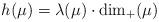
LaTeX: \begin{align*}h(\mu) = \lambda(\mu) \cdot \dim_+(\mu)\end{align*}